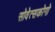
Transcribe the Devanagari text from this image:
सोवेत्सकोगो